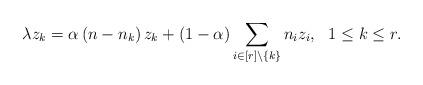
LaTeX: \begin{align*}\lambda z_{k}=\alpha\left( n-n_{k}\right) z_{k}+\left( 1-\alpha\right)\sum_{i\in\left[ r\right] \backslash\left\{ k\right\} }n_{i}z_{i},\text{\ \ }1\leq k\leq r. \end{align*}